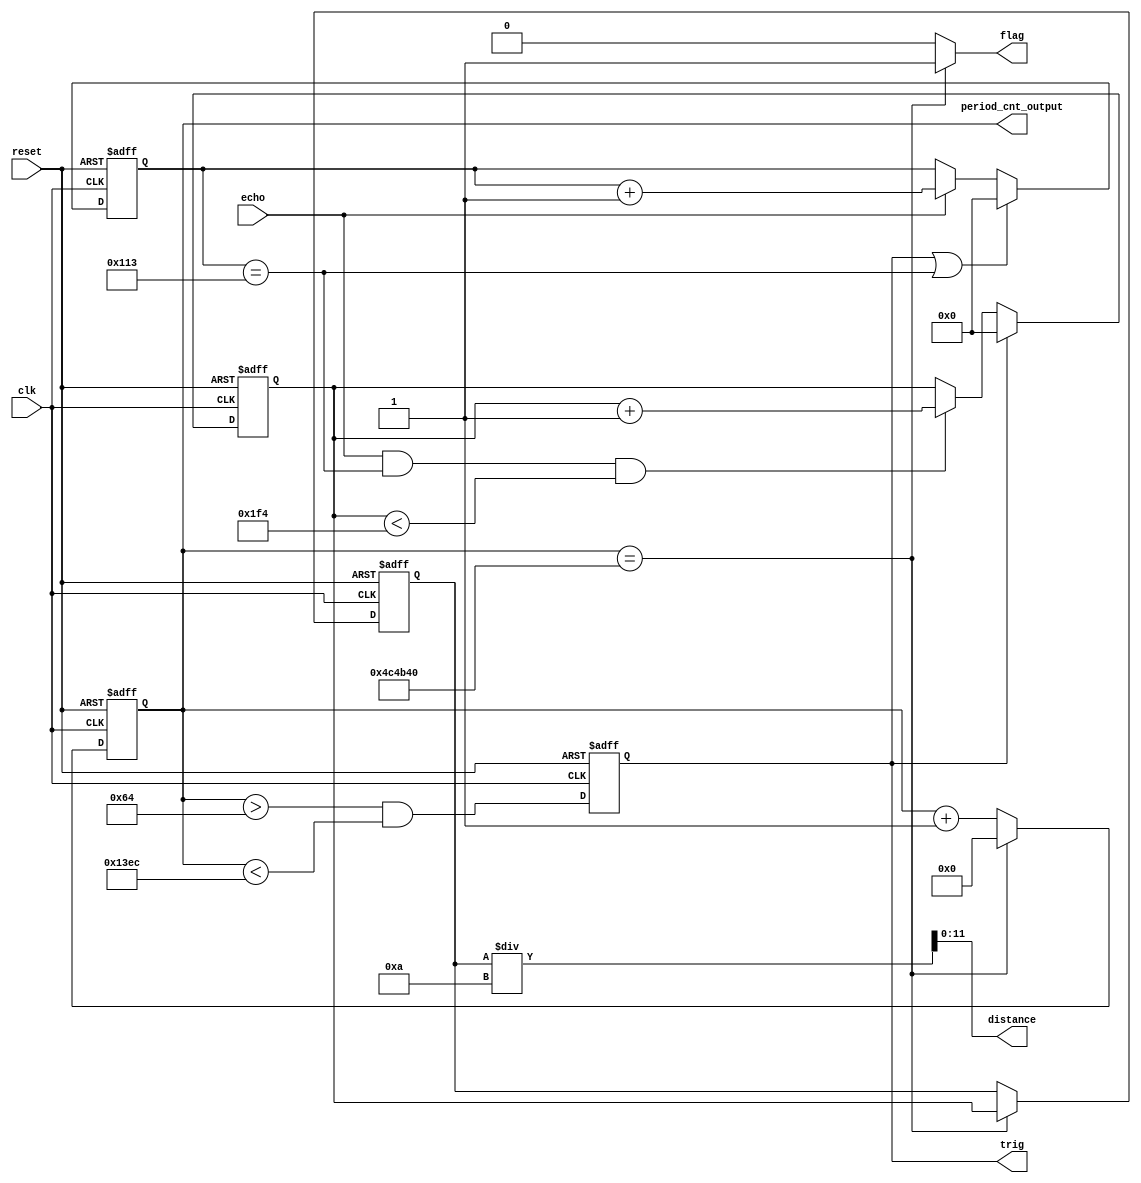
module ranging_module(
	input wire clk,
	input wire echo,
	input wire reset,

	output reg trig,
	output wire flag,
	output wire [11:0] distance,
	output wire [23:0] period_cnt_output
);

	//    100
	reg [23:0] period_cnt;
	wire period_cnt_full;
	
	always @(posedge clk or posedge reset)
		begin
			if (reset)
				period_cnt <= 0;
			else
				begin
					if (period_cnt_full)
						period_cnt <= 0;
					else
						period_cnt <= period_cnt + 1;
				end
		end

	assign period_cnt_full = (period_cnt == 5000000);
	
	// DEBUG
	assign period_cnt_output = period_cnt;

	//  Trig   100
	always @(posedge clk or posedge reset)
		begin
			if (reset)
				trig <= 0;
			else
				trig <= ( period_cnt > 100 && period_cnt < 5100);
		end


	//    Echo
	reg [11:0] echo_length;
	always @(posedge clk or posedge reset)
		begin
			if (reset)
				echo_length <= 0;
			else
				begin
					if (trig || echo_length == 275)
						echo_length <= 0;
					else if (echo)
						echo_length <= echo_length + 1;
				end
		end


	//    
	reg [11:0] distance_temp;
	always @(posedge clk or posedge reset)
		begin
			if (reset)
				distance_temp <= 0;
			else
				begin
					if (trig)
						distance_temp <= 0;
					else if (echo && echo_length == 275 && distance_temp < 500)
						distance_temp <= distance_temp + 1;
				end
		end


	//       
	 reg [11:0] distance_output;
	 always @(posedge clk or posedge reset)
	 	begin
	 		if (reset)
	 			distance_output <= 0;
	 		else if (period_cnt_full)
	 			distance_output <= distance_temp;
	 	end

	assign distance = distance_output / 10;
	assign flag = period_cnt_full ? 1 : 0;

endmodule